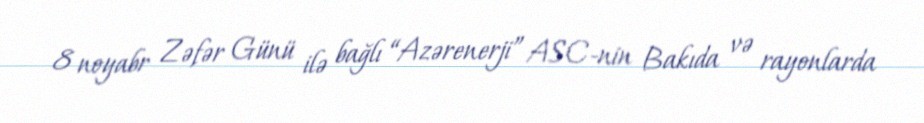
8 noyabr Zəfər Günü ilə bağlı “Azərenerji” ASC-nin Bakıda və rayonlarda